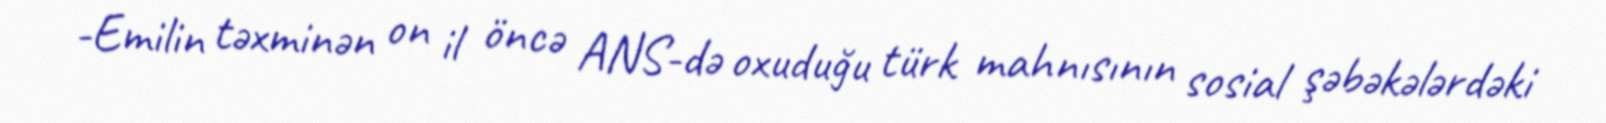
-Emilin təxminən on il öncə ANS-də oxuduğu türk mahnısının sosial şəbəkələrdəki